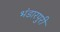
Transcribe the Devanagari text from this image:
भंडारपुरी